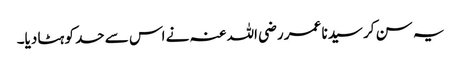
یہ سن کر سیدنا عمر ‌رضی ‌اللہ ‌عنہ نے اس سے حد کو ہٹا دیا۔